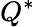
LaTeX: Q^{\ast}